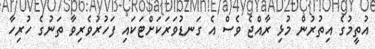
އުތީމުގެ އިތުރުން މުޅި ރާއްޖެ ވެސް އެ ގަނޑުވަރަކަށްޓަކައި ފަހުރުވެރިވާ ތަނުގެ ހުރިހާ